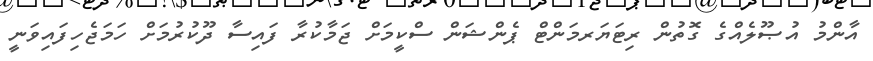
އާންމު އުޞޫލެއްގެ ގޮތުން ރިޓަޔަރމަންޓް ޕެންޝަން ސްކީމަށް ޖަމާކުރާ ފައިސާ ދޫކުރުމަށް ހަމަޖެހިފައިވަނީ